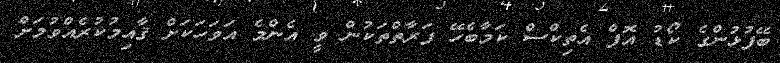
ބޭފުޅުންގެ ކޯޑު އޮފް އެތިކްސް ކަމާބެހޭ ފަރާތްތަކުން ވީ އެންމެ އަވަހަކަށް ޤާއިމުކުރެއްވުމަށް